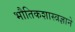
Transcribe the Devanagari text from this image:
भौतिकशास्त्रज्ञाने